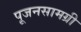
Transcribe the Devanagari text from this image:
पूजनसामग्री